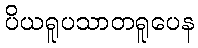
ပိယရူပသာတရူပေန